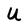
Character: U